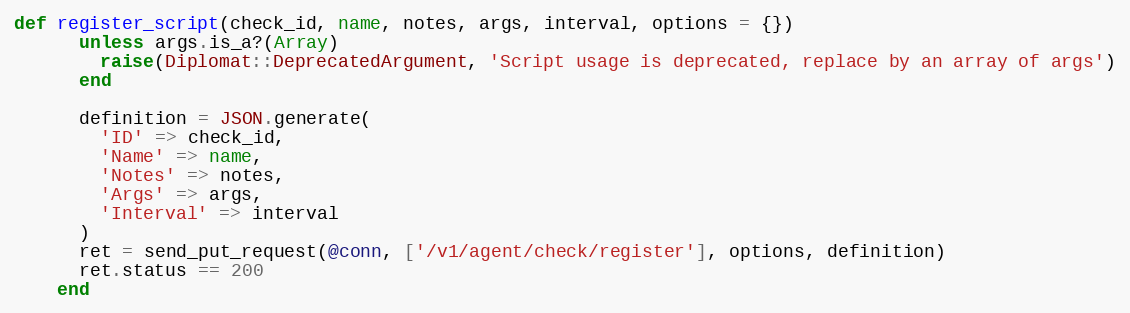
Language: Ruby
def register_script(check_id, name, notes, args, interval, options = {})
      unless args.is_a?(Array)
        raise(Diplomat::DeprecatedArgument, 'Script usage is deprecated, replace by an array of args')
      end

      definition = JSON.generate(
        'ID' => check_id,
        'Name' => name,
        'Notes' => notes,
        'Args' => args,
        'Interval' => interval
      )
      ret = send_put_request(@conn, ['/v1/agent/check/register'], options, definition)
      ret.status == 200
    end